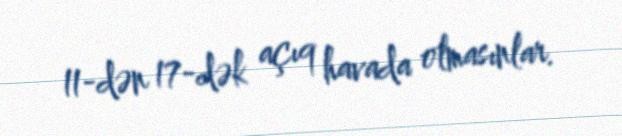
11-dən 17-dək açıq havada olmasınlar.